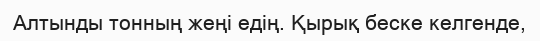
Алтынды тонның жеңі едің. Қырық беске келгенде,